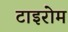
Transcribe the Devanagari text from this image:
टाइरोम